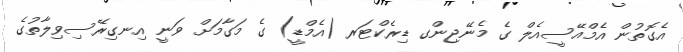
އެގޮތުން އެމްއޭސީއެލް ގެ މެނޭޖިންގ ޑިރެކްޓަރ (އެމްޑީ) ގެ މަގާމަށް ވަނީ އިނގިރޭސިވިލާތުގެ